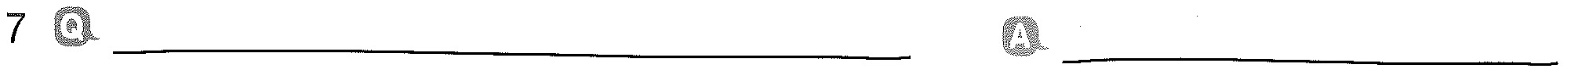
7 Q___ A___